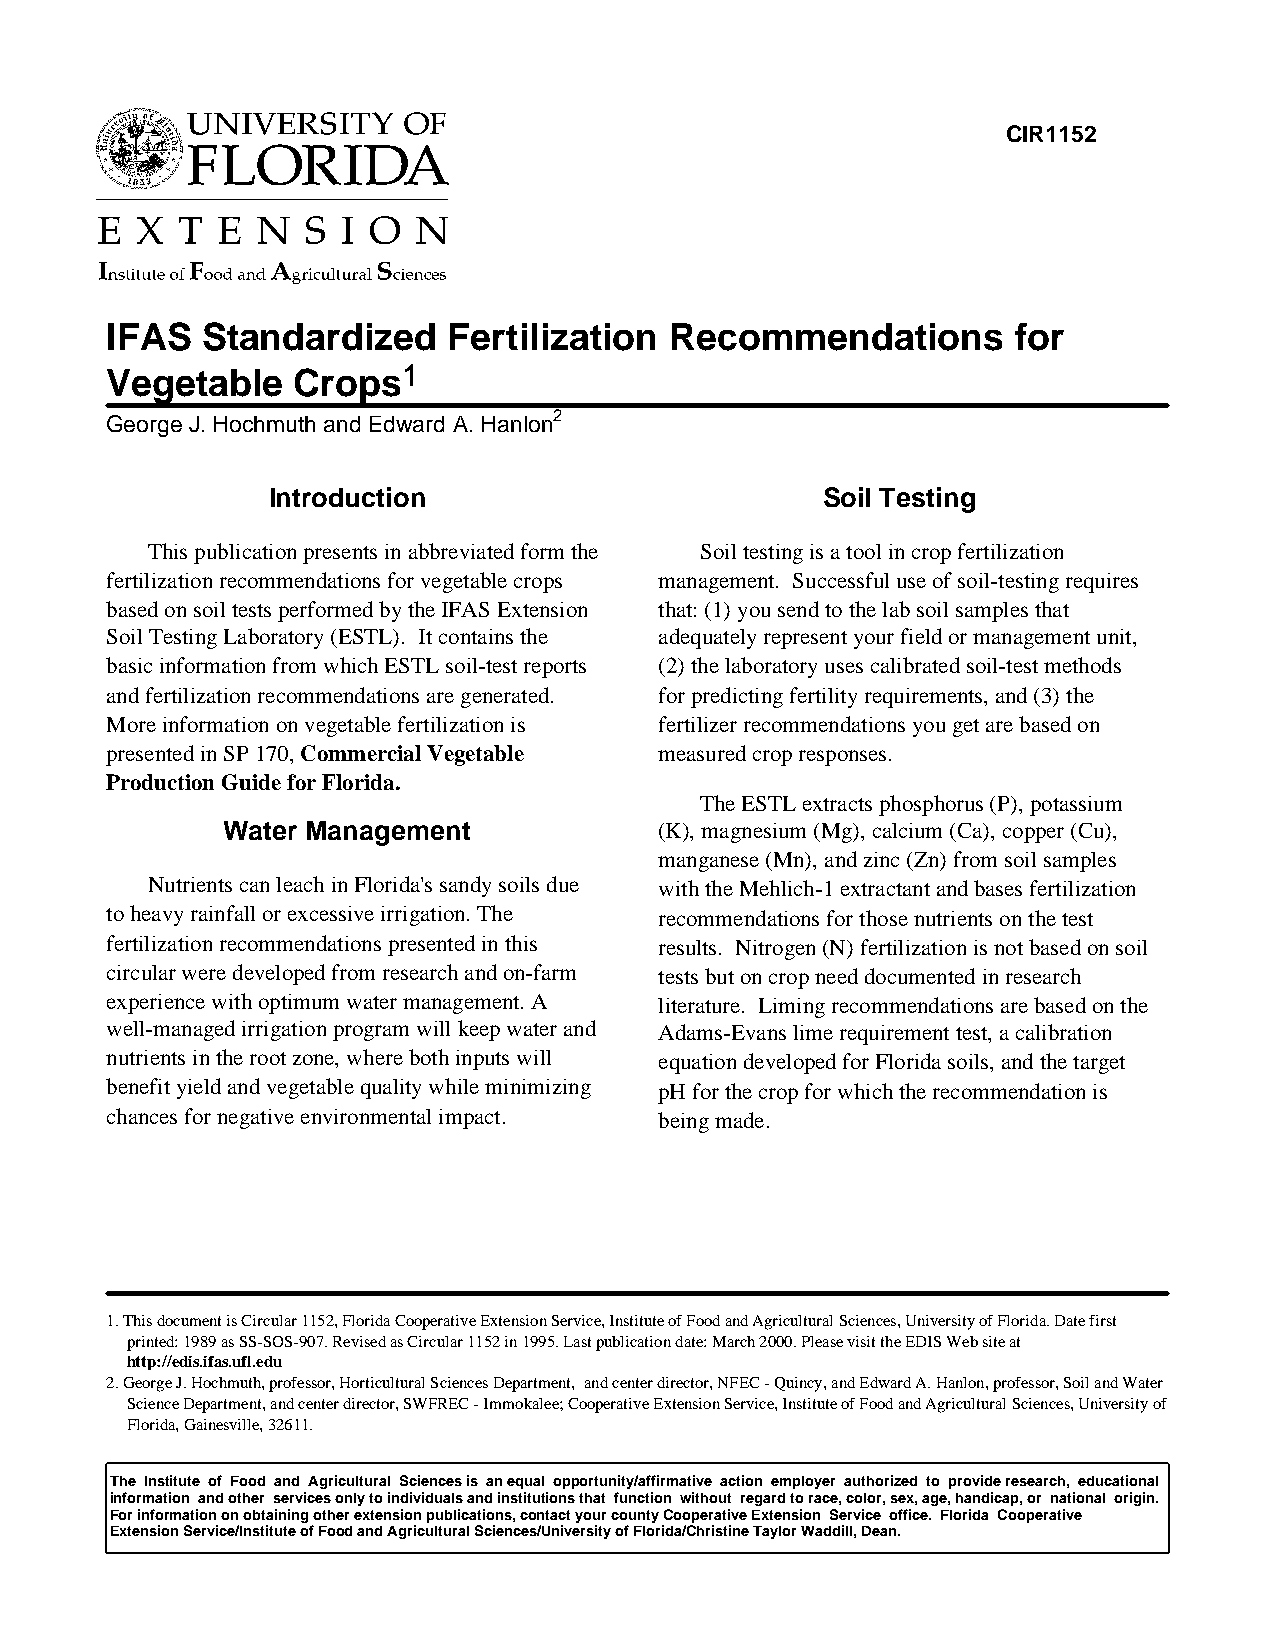
CIR1152
 IFAS  Standardized     Fertilization Recommendations        for
 Vegetable   Crops1
 George J. Hochmuth and Edward A. Hanlon2
 Introduction                        Soil Testing
 This publication presents in abbreviated form the Soil testing is a tool in crop fertilization
 fertilization recommendations for vegetable crops management. Successful use of soil-testing requires
 based on soil tests performed by the IFAS Extension that: (1) you send to the lab soil samples that
 Soil Testing Laboratory (ESTL). It contains the adequately represent your field or management unit,
 basic information from which ESTL soil-test reports (2) the laboratory uses calibrated soil-test methods
 and fertilization recommendations are generated. for predicting fertility requirements, and (3) the
 More information on vegetable fertilization is fertilizer recommendations you get are based on
 presented in SP 170, Commercial Vegetable measured crop responses.
 Production Guide for Florida.
 The ESTL extracts phosphorus (P), potassium
 Water Management             (K), magnesium (Mg), calcium (Ca), copper (Cu),
 manganese (Mn), and zinc (Zn) from soil samples
 Nutrients can leach in Florida's sandy soils due with the Mehlich-1 extractant and bases fertilization
 to heavy rainfall or excessive irrigation. The recommendations for those nutrients on the test
 fertilization recommendations presented in this results. Nitrogen (N) fertilization is not based on soil
 circular were developed from research and on-farm tests but on crop need documented in research
 experience with optimum water management. A literature. Liming recommendations are based on the
 well-managed irrigation program will keep water and Adams-Evans lime requirement test, a calibration
 nutrients in the root zone, where both inputs will equation developed for Florida soils, and the target
 benefit yield and vegetable quality while minimizing pH for the crop for which the recommendation is
 chances for negative environmental impact. being made.
 1. This document is Circular 1152, Florida Cooperative Extension Service, Institute of Food and Agricultural Sciences, University of Florida. Date first
 printed: 1989 as SS-SOS-907. Revised as Circular 1152 in 1995. Last publication date: March 2000. Please visit the EDIS Web site at
 http://edis.ifas.ufl.edu
 2. George J. Hochmuth, professor, Horticultural Sciences Department, and center director, NFEC - Quincy, and Edward A. Hanlon, professor, Soil and Water
 Science Department, and center director, SWFREC - Immokalee; Cooperative Extension Service, Institute of Food and Agricultural Sciences, University of
 Florida, Gainesville, 32611.
 The Institute of Food and Agricultural Sciences is an equal opportunity/affirmative action employer authorized to provide research, educational
 information and other services only to individuals and institutions that function without regard to race, color, sex, age, handicap, or national origin.
 For information on obtaining other extension publications, contact your county Cooperative Extension Service office. Florida Cooperative
 Extension Service/Institute of Food and Agricultural Sciences/University of Florida/Christine Taylor Waddill, Dean.